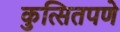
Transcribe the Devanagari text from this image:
कुत्सितपणे